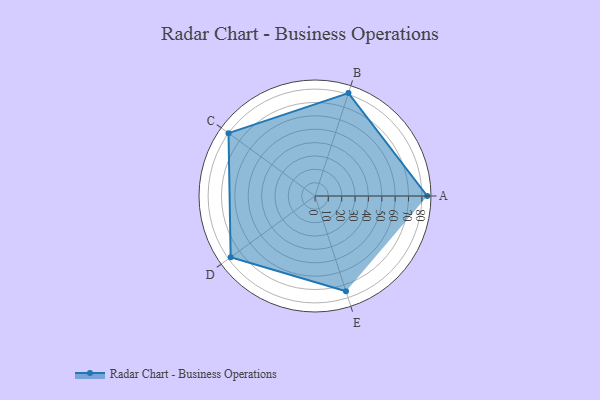
{"axis": {"x": "Skill", "y": "Score"}, "legend": ["Profile"], "data": [{"x": "A", "y": 84.0, "type": "Profile"}, {"x": "B", "y": 81.0, "type": "Profile"}, {"x": "C", "y": 80.0, "type": "Profile"}, {"x": "D", "y": 78.0, "type": "Profile"}, {"x": "E", "y": 75.0, "type": "Profile"}]}